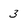
Character: 3